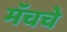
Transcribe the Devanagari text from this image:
मॅचचे